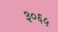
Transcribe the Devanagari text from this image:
३०६५